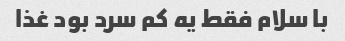
با سلام فقط یه کم سرد بود غذا